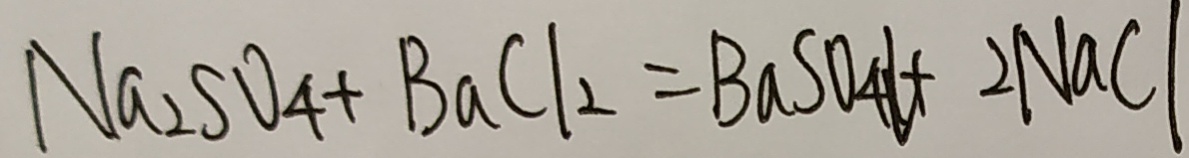
N a _ { 2 } S O _ { 4 } + B a C l _ { 2 } = B a S O _ { 4 } l + 2 N a C l